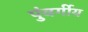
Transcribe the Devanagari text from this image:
पुंवर्गीय